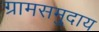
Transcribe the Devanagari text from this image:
ग्रामसमुदाय